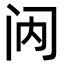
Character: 𮤯